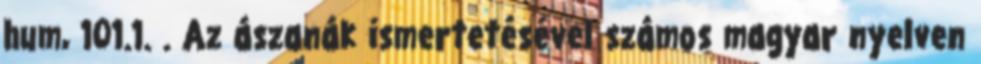
hum, 101.1. . Az ászanák ismertetésével számos magyar nyelven